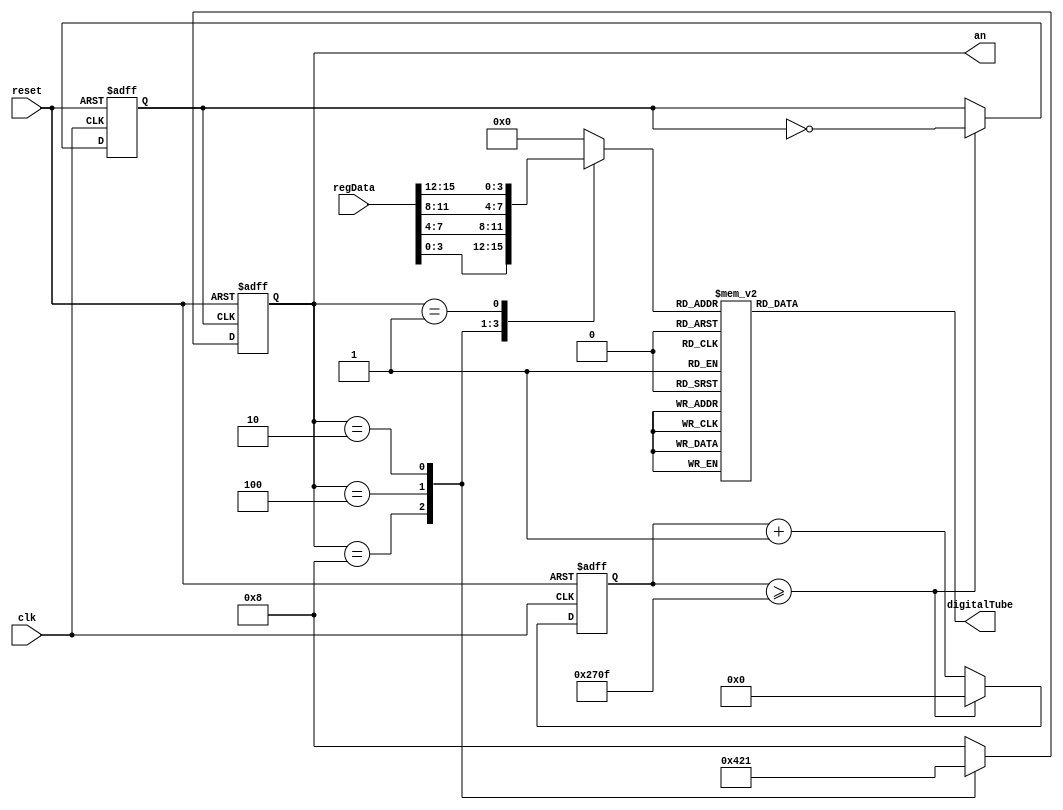
module Display
(
    input reset,
    input clk,
    input [15:0] regData,
    output [3:0] an,
    output reg [7:0] digitalTube
);

reg [3:0] anTemp;
assign an = anTemp;

reg [16:0] divider;
reg clk_flush;

initial begin
    divider <= 0;
    clk_flush <= 0;
end

always @(posedge reset or posedge clk) begin
    if (reset) begin
        divider <= 0;
        clk_flush <= 0;
    end
    else begin
        if (divider >= 9999) begin
            clk_flush <= ~clk_flush;
            divider <= 0;
        end
        else begin
            divider = divider + 1;
        end
    end
end

always @(posedge reset or posedge clk_flush) begin
    if (reset) begin
        anTemp <= 4'b0111;
    end
    else begin
        case (anTemp)
            4'b1000: anTemp <= 4'b0100;
            4'b0100: anTemp <= 4'b0010;
            4'b0010: anTemp <= 4'b0001;
            4'b0001: anTemp <= 4'b1000;
            default: anTemp <= 4'b1000;
        endcase
    end
end

reg [3:0] to_display;
always @(*) begin
    case (anTemp)
    4'b1000: to_display <= regData[3:0];
    4'b0100: to_display <= regData[7:4];
    4'b0010: to_display <= regData[11:8];
    4'b0001: to_display <= regData[15:12];
    default: to_display <= 16'h0;
    endcase
end

always @(*) begin
    case (to_display)
    4'h0: digitalTube <= 8'b00111111;
    4'h1: digitalTube <= 8'b00000110;
    4'h2: digitalTube <= 8'b01011011;
    4'h3: digitalTube <= 8'b01001111;
    4'h4: digitalTube <= 8'b01100110;
    4'h5: digitalTube <= 8'b01101101;
    4'h6: digitalTube <= 8'b01111101;
    4'h7: digitalTube <= 8'b00000111;
    4'h8: digitalTube <= 8'b01111111;
    4'h9: digitalTube <= 8'b01101111;
    4'ha: digitalTube <= 8'b01110111;
    4'hb: digitalTube <= 8'b01111100;
    4'hc: digitalTube <= 8'b00111001;
    4'hd: digitalTube <= 8'b01011110;
    4'he: digitalTube <= 8'b01111001;
    4'hf: digitalTube <= 8'b01110001;
    default: digitalTube <= 8'b00000000;
    endcase
end

endmodule